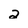
Character: 2